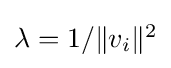
{\textstyle \lambda =1/\|v_{i}\|^{2}}